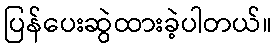
ပြန်ပေးဆွဲထားခဲ့ပါတယ်။